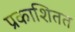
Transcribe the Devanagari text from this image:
प्रकाशितत